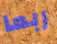
ربما